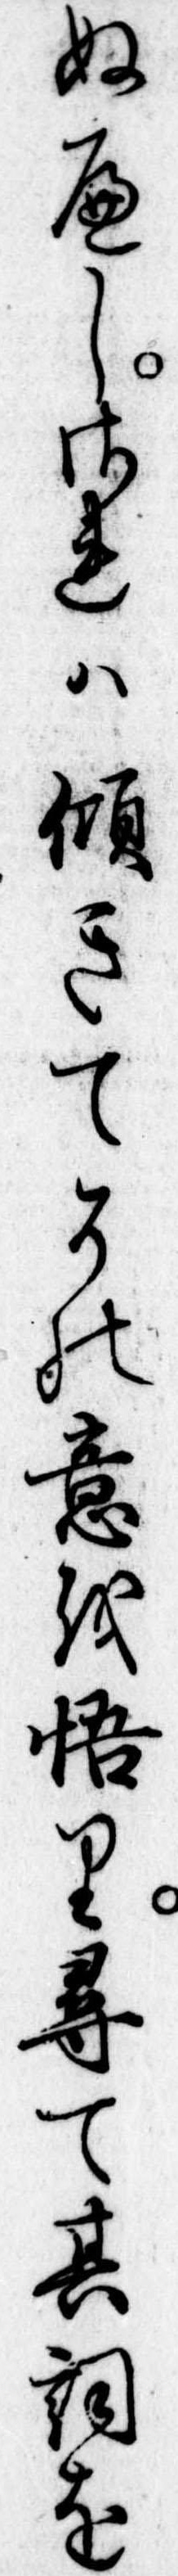
ぬへしされは傾きてその意を悟り尋て其詞を